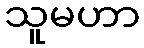
သူမဟာ